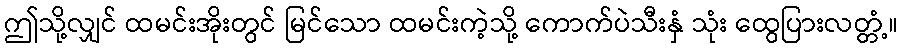
ဤသို့လျှင် ထမင်းအိုးတွင် မြင်သော ထမင်းကဲ့သို့ ကောက်ပဲသီးနှံ သုံး ထွေပြားလတ္တံ့။